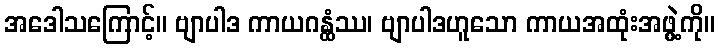
အဒေါသကြောင့်။ ဗျာပါဒ ကာယဂန္ထံဿ၊ ဗျာပါဒဟူသော ကာယအထုံးအဖွဲ့ကို။